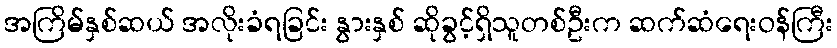
အကြိမ်နှစ်ဆယ် အလိုးခံရခြင်း နွားနှစ် ဆိုခွင့်ရှိသူတစ်ဦးက ဆက်ဆံရေးဝန်ကြီး